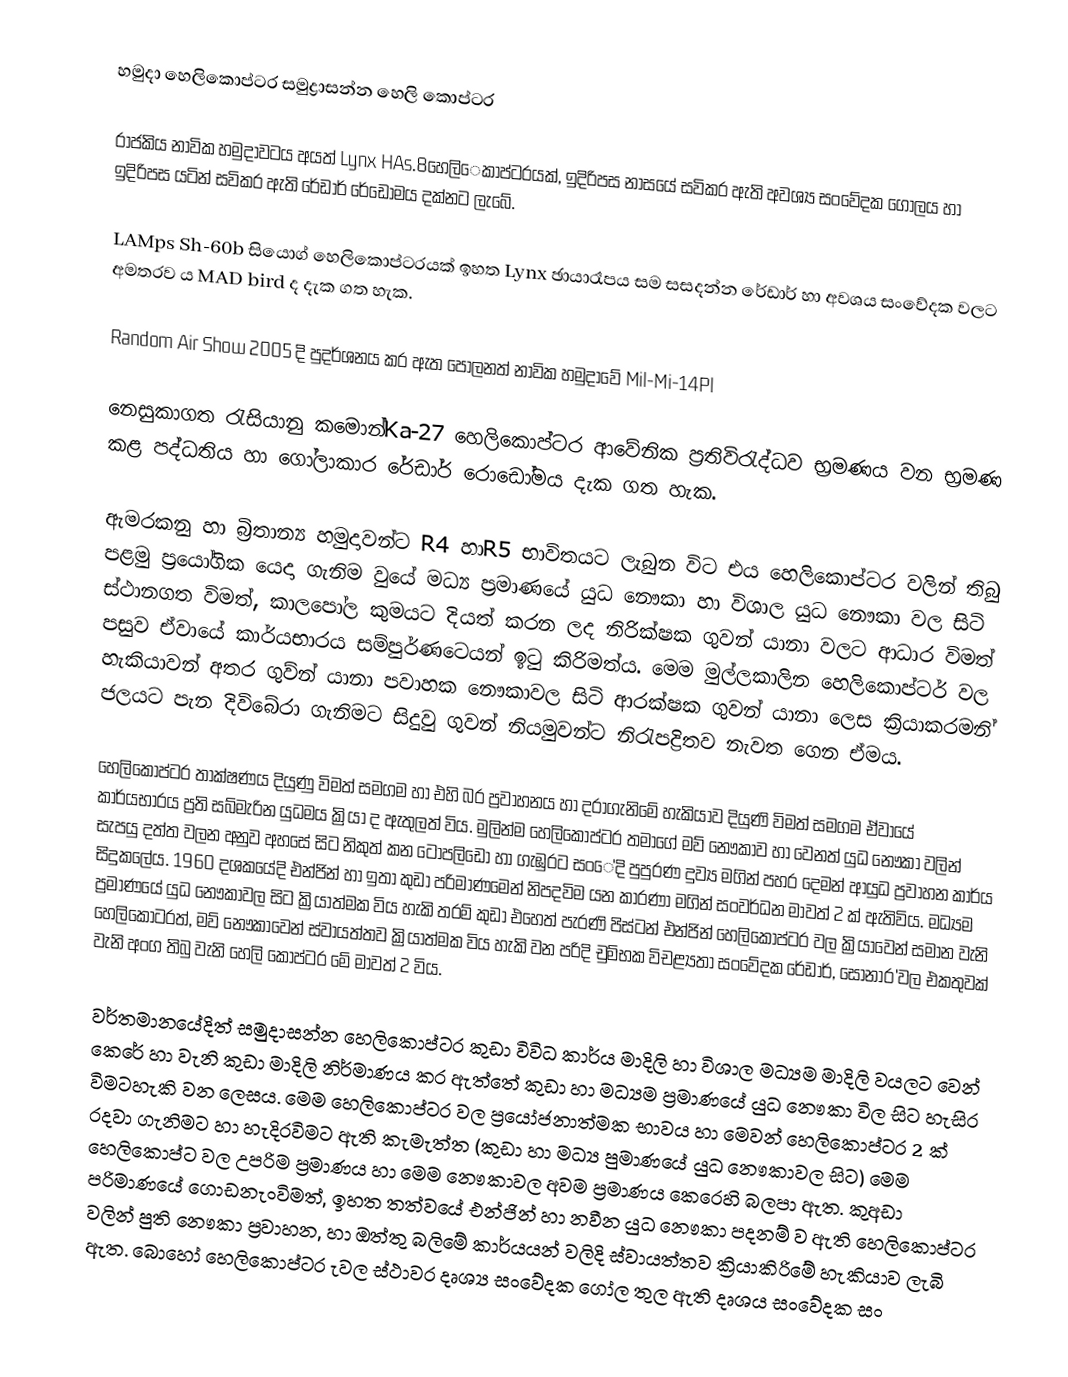
හමුදා හෙලිකොප්ටර සමුද්‍රාසන්න හෙලි කොප්ටර

රාජකිය නාවික හමුදාවටය අයත් Lynx HAs.8හෙලි‍ෙකාප්ටරයක්, ඉදිරිපස නාසයේ සවිකර ඇති අවශ්‍ය සංවේදක ගෝලය හා ඉදිරිපස ‍යටින් සවිකර ඇති‍ රේඩාර් රේඩෝමය දක්නට ලැබේ.

LAMps Sh-60b සියොග් හෙලිකොප්ටරයක් ඉහත  Lynx ඡායාරෑපය සම සසදන්න රේඩාර් හා අවශය සංවේදක වලට අමතරව ය MAD bird ද දැක ගත හැක.

Random Air Show 2005 දි පුදර්ශනය කර ඇත පෝලනත් නාවික හමුදාවේ Mil-Mi-14Pl

නෙසුකාගත රැසියානු කමොන්Ka-27 හෙලිකොප්ටර අ‍ාවේනික ප්‍රතිවිරැද්ධව භ්‍රමණය වන භ්‍රමණ කළ පද්ධතිය හා ගෝලාකාර රේඩාර් රො‍ඩෝමය දැක ගත හැක.

	ඇමරකනු හා බ්‍රිතාන්‍ය හමුදාවන්ට  R4 හාR5 භාවිතයට ලැබුන විට එය හෙලිකොප්ටර වලින් තිබු පළමු ප්‍රයෙ‍ා්ගික යෙදා ගැනිම වුයේ මධ්‍ය ප්‍රමාණයේ යුධ නෞකා හා විශාල ‍යුධ නෞකා වල සිටි ස්ථානගත විමත්, කාලපෝල කුමයට දියත් කරන ලද නිරික්ෂක ගුවන් යානා වලට ආධාර විමත් පසුව ඒවායේ කාර්යභාරය සම්පුර්ණටෙයන් ඉටු කිරිමත්ය. මෙම මුල්ලකාලින හෙලිකොප්ටර් වල හැකියාවන් අතර ගුව්න් යානා පවාහක නෞකාවල සිටි ආරක්ෂක ගුවන් ‍යානා ලෙස ක්‍රියාකරමනි් ජලයට පැන දිවිබේරා ගැනිමට සිදුවු ගුවන් නියමුවන්ට ‍නිරැපද්‍රිතව නැවත ගෙන ඒමය.

	හෙලිකොප්ටර තාක්ෂණය දියුණු විමත් සමගම හා එහි බර ප්‍රවාහනය හා දරාගැනිමේ හැකියාව දියුණි විමත් සමගම ඒවායේ කාර්යභාරය ප්‍රති සබ්මැරින යුධමය ක්‍රියා ද ඇතුලත් විය. මුලින්ම හෙලිකොප්ටර තමාගේ මව් නෞකාව හා වෙනත් යුධ නෞකා වලින් සැපයු දත්ත වලන අනුව අහසේ සිට නිකුත් කන ටොපලිඩො‍ හා ගැඹුරට සං‍ේදි පුපුරණ දුව්‍ය මගින් පහර දෙමන් ආයුධ ප්‍රවාහන කාර්ය සිදුකලේය. 1960 දශකයේදි එන්ජින් හා ඉතා කුඩා පරිමාණමෙන් නිපදවිම යන කාරණා මගින් සංවර්ධන මාවත් 2 ක් ඇතිවිය. මධ්‍යම ප්‍රමාණයේ යුධ නෞකාවල සිට ක්‍රියාත්මක විය හැකි තරම් කුඩා එහෙත් පැරණි පිස්ටන් එන්ජින් හෙලිකොප්ටර වල ක්‍රියාවෙන් සමාන වැනි හෙලිකෝටරත්, මව් නෞකාවෙන් ස්වායත්තව ක්‍රියාත්මක විය හැකි වන පරිදි චුම්භක විචළ්‍යතා සංවේදක රේඩාර්, සෝනාර ්වල එකතුවක් වැනි අංග තිබු වැනි හෙලි කොප්ටර ‍මේ මාවත් 2 විය.

	වර්තමානයේදිත් සමුදාසන්න හෙලිකොප්ටර කුඩා විවිධ කාර්ය මාදිලි හා විශාල මධ්‍යම මාදිලි වයලට වෙන් කෙරේ හා වැනි කුඩා මාදිලි නිර්මාණය කර ඇත්‍තේ කුඩා හා මධ්‍යම ප්‍රමාණයේ යුධ නෞකා විල සිට හැසිර විමටහැකි වන ලෙසය. මෙම හෙලිකොප්ටර වල ප්‍රයෝජනාත්මක භාවය හා මෙවන් හෙලිකොප්ටර 2 ක් රදවා ගැනිමට හා හැදිරවිමට ඇති කැමැත්ත (කුඩා හා මධ්‍ය පුමාණයේ යුධ නෞකාවල සිට) මෙම හෙලිකොප්ට වල උපරිම ප්‍රමාණය හා මෙම නෞකාවල අවම ප්‍රමාණය කෙරෙහි බලපා ඇත. කුඅඩා පරිමාණයේ ගොඩනැංවිමත්, ඉහත තත්වයේ එන්ජින් හා නවීන යුධ නෞකා පදනම් ව ඇති හෙලිකොප්ටර වලින් පුති නෞකා ප්‍රවාහන, හා ඔත්තු බලිමේ කාර්යයන් වලිදි ස්වායත්තව ක්‍රියාකිරිමේ හැකියාව ලැබි ඇත. බොහෝ හෙලිකොප්ටර ැවල ස්ථාවර දෘශ්‍ය ‍සංවේදක ගෝල තුල ඇති දෘශය සංවේදක සං